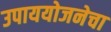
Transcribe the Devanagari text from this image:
उपाययोजनेचा